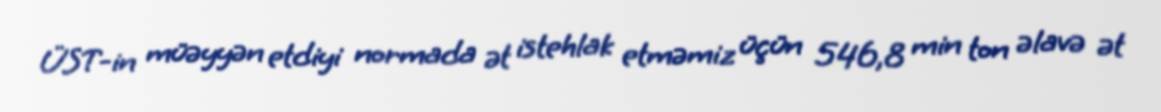
ÜST-in müəyyən etdiyi normada ət istehlak etməmiz üçün 546,8 min ton əlavə ət